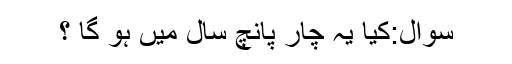
سوال:کیا یہ چار پانچ سال میں ہو گا ؟